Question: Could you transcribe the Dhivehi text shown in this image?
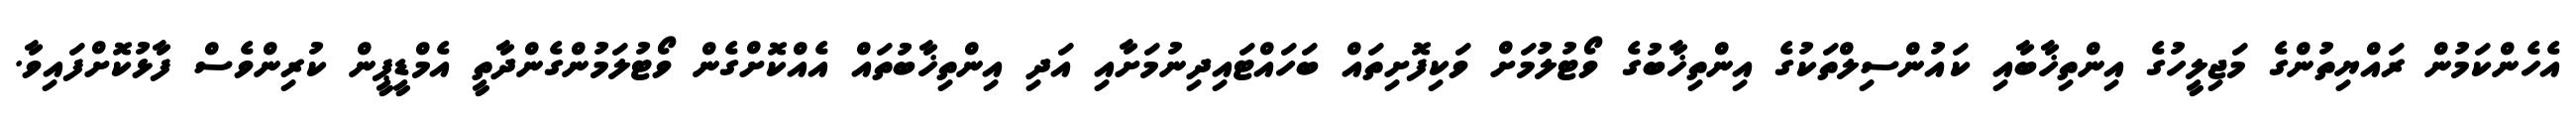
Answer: އެހެންކަމުން ރައްޔިތުންގެ މަޖިލީހުގެ އިންތިޚާބާއި ކައުންސިލްތަކުގެ އިންތިޚާބުގެ ވޯޓުލުމަށް ވަކިފޮށިތައް ބަހައްޓައިދިނުމަށާއި އަދި އިންތިޚާބުތައް އެއްކޮށްގެން ވޯޓުލަމުންގެންދާތީ އެމްޑީޕީން ކުރިންވެސް ފާޅުކޮށްފައިވާ.